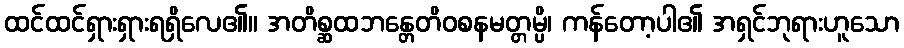
ထင်ထင်ရှားရှားရရှိလေ၏။ အတိစ္ဆထဘန္တေတိဝစနမတ္တမ္ပိ၊ ကန်တော့ပါ၏ အရှင်ဘုရားဟူသော